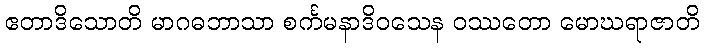
ဧတာဒိသောတိ မာဂဓဘာသာ စင်္ကမနာဒိဝသေန ဝဿတော မောဃရာဇာတိ